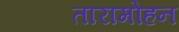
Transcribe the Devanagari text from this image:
तारामोहन